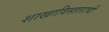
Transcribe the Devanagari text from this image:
शाखाविस्ताराची